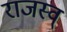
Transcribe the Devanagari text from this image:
राजस्व्